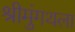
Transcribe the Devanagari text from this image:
श्रीमुंगथला